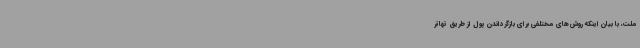
ملت، با بیان اینکه روش‌های مختلفی برای بازگرداندن پول از طریق تهاتر